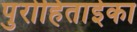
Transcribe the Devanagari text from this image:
पुरोहिताईका